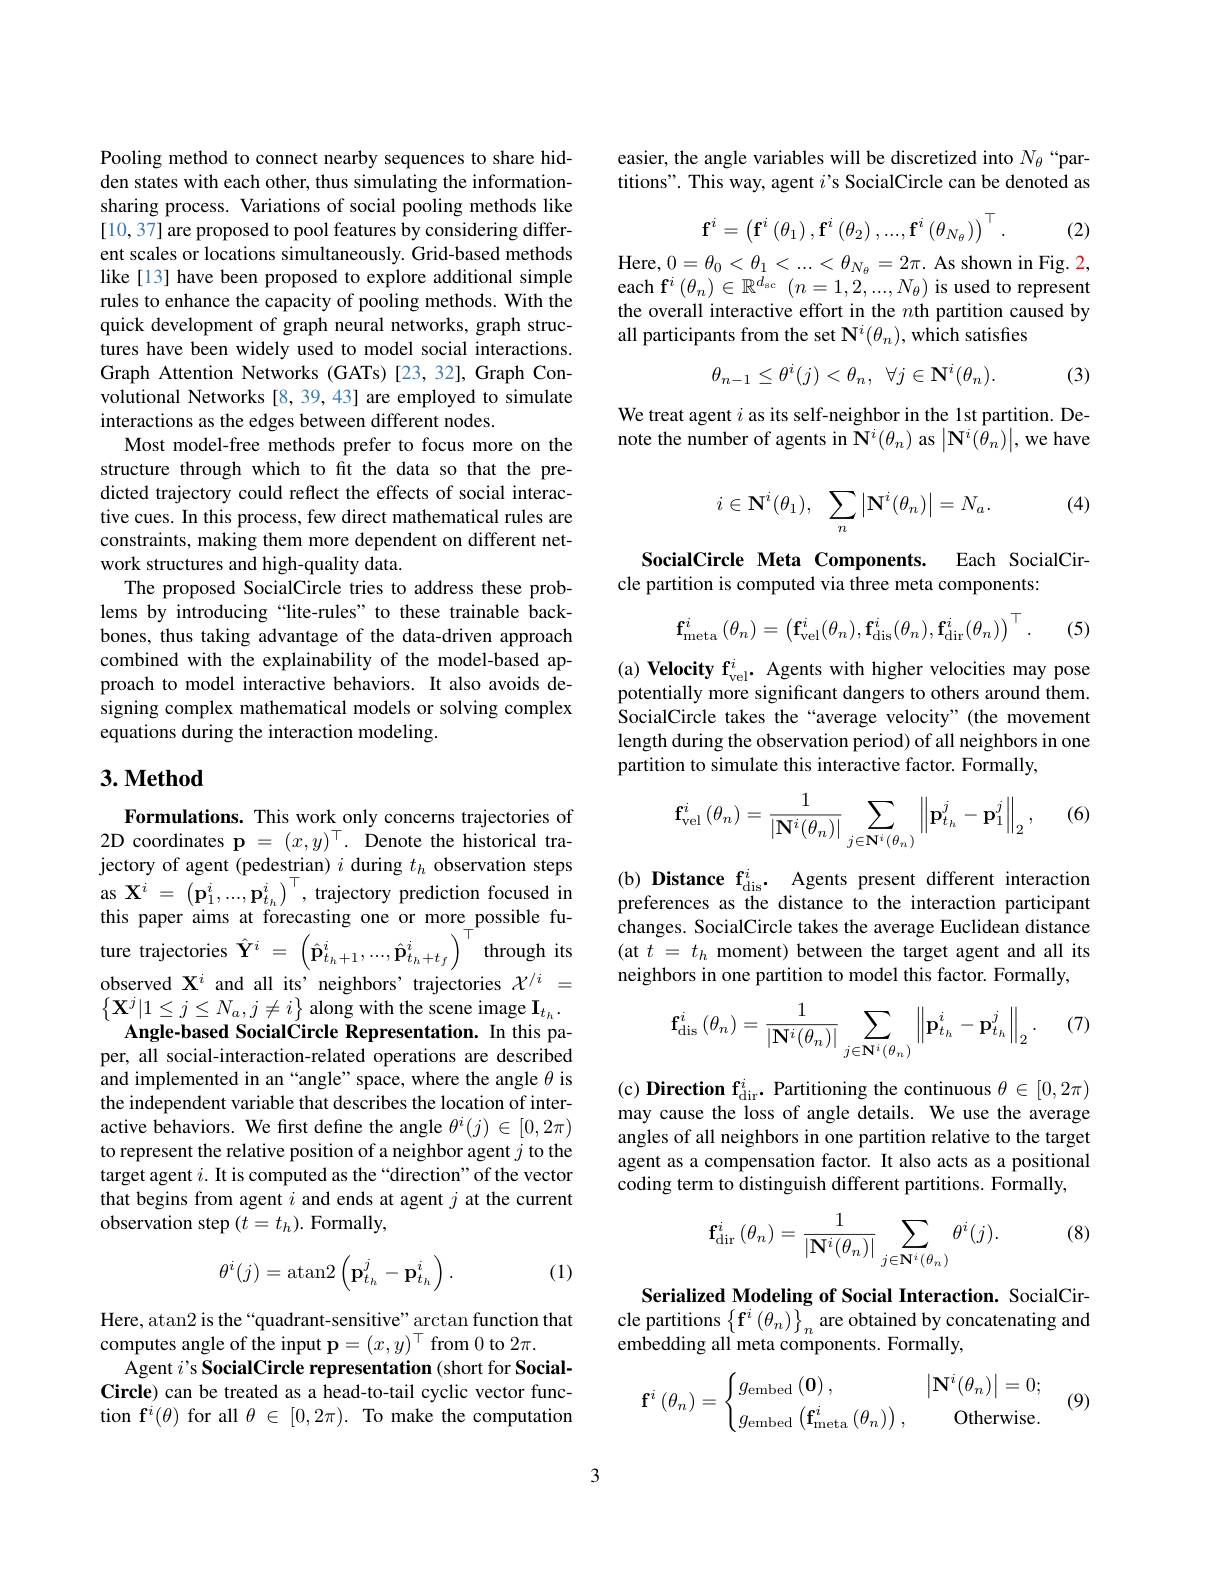
Pooling method to connect nearby sequences to share hidden states with each other, thus simulating the informationsharing process. Variations of social pooling methods like [10,37] are proposed to pool features by considering different scales or locations simultaneously. Grid-based methods like [13] have been proposed to explore additional simple rules to enhance the capacity of pooling methods. With the quick development of graph neural networks, graph structures have been widely used to model social interactions. Graph Attention Networks (GATs) [23, 32], Graph Convolutional Networks [8,39,43] are employed to simulate interactions as the edges between different nodes.
Most model-free methods prefer to focus more on the structure through which to fit the data so that the predicted trajectory could reflect the effects of social interactive cues. In this process, few direct mathematical rules are constraints, making them more dependent on different network structures and high-quality data.
The proposed SocialCircle tries to address these problems by introducing “lite-rules”to these trainable backbones, thus taking advantage of the data-driven approach combined with the explainability of the model-based approach to model interactive behaviors. It also avoids designing complex mathematical models or solving complex equations during the interaction modeling.

## 3. Method

Formulations. This work only concerns trajectories of 2D coordinates p $=(x,y)^\top.$ Denote the historical trajectory of agent (pedestrian) $i$ during $t_h$ observation steps as $\mathbf{X}^{i}=\left(\mathbf{p}_{1}^{i},\ldots,\mathbf{p}_{t_{h}}^{i}\right)^{\top}$, trajectory prediction focused in this paper aims at forecasting one or more possible future trajectories $\hat{\mathbf{Y} } ^i$ = $\left ( \hat{\mathbf{p} } _{t_h+ 1}^{i}, \ldots , \hat{\mathbf{p} } _{t_h+ t_f}^{i}\right ) ^{\top }$through its observed $\mathbf{X}^i$ and all its' neighbors' trajectories $\mathcal{X}^/i=$ $\left\{\mathbf{X}^{j}|1\leq j\leq N_{a},j\neq i\right\}$along with the scene image $\mathbf{I}_t_h.$ Angle-based SocialCircle Representation. In this pa-
per, all social-interaction-related operations are described and implemented in an “angle”space, where the angle $\theta$ is the independent variable that describes the location of interactive behaviors. We first define the angle $\theta^i(j)\in[0,2\pi)$ to represent the relative position of a neighbor agent $j$ to the target agent $i.$ It is computed as the“direction" of the vector that begins from agent $i$ and ends at agent $j$ at the current observation step $(t=t_h).$ Formally,
$$\theta^i(j)=\operatorname{atan2}\left(\mathbf{p}_{t_h}^j-\mathbf{p}_{t_h}^i\right).$$
(1)

Here, atan2 is the“quadrant-sensitive”arctan function that
computes angle of the input $\mathbf{p}=(x,y)^\top$ from 0 to 2$\pi.$
$\hat{\text{Agent }i}$'s SocialCircle representation(short for SocialCircle) can be treated as a head-to-tail cyclic vector function f$^i(\theta)$ for all $\theta\in[0,2\pi).$ To make the computation

easier, the angle variables will be discretized into $N_{\theta}$ “partitions". This way, agent $i$'s SocialCircle can be denoted as
$$\mathbf{f}^i=\begin{pmatrix}\mathbf{f}^i\left(\theta_1\right),\mathbf{f}^i\left(\theta_2\right),...,\mathbf{f}^i\left(\theta_{N_\theta}\right)\end{pmatrix}^\top.$$
(2)

Here, $0=\theta_0<\theta_1<...<\theta_{N_\theta}=2\pi.$ As shown in Fig. 2, each f$^i\left(\theta_{n}\right)\in\mathbb{R}^{d_{sc}}\left(n=1,2,...,N_{\theta}\right)$is used to represent the overall interactive effort in the $n$th partition caused by all participants from the set $\mathbf{N}^i(\theta_n)$, which satisfies
$$\theta_{n-1}\leq\theta^{i}(j)<\theta_{n},\:\forall j\in\mathbf{N}^{i}(\theta_{n}).$$
(3)

We treat agent $i$ as its self-neighbor in the 1st partition. Denote the number of agents in $\tilde{\mathbf{N}}^i(\theta_n)$ as $\left|\mathbf{N}^i(\hat{\theta}_n)\right|$,we have

(4)
$$i\in\mathbf{N}^i(\theta_1),\:\sum_n\left|\mathbf{N}^i(\theta_n)\right|=N_a.$$
SocialCircle Meta Components. Each SocialCir-
cle partition is computed via three meta components:
$$\mathbf{f}_{\mathrm{meta}}^i\left(\theta_n\right)=\left(\mathbf{f}_{\mathrm{vel}}^i(\theta_n),\mathbf{f}_{\mathrm{dis}}^i(\theta_n),\mathbf{f}_{\mathrm{dir}}^i(\theta_n)\right)^\top.$$
(5)

(a) Velocity f$_\mathrm{vel}^i.$ Agents with higher velocities may pose potentially more significant dangers to others around them. SocialCircle takes the“average velocity”(the movement length during the observation period) of all neighbors in one partition to simulate this interactive factor. Formally,

(6)
$$\mathbf{f}_{\mathrm{vel}}^{i}\left(\theta_{n}\right)=\frac{1}{\left|\mathbf{N}^{i}(\theta_{n})\right|}\sum_{j\in\mathbf{N}^{i}(\theta_{n})}\left\|\mathbf{p}_{t_{h}}^{j}-\mathbf{p}_{1}^{j}\right\|_{2},$$
(b) Distance f$_\mathrm{dis}^i.$ Agents present different interaction preferences as the distance to the interaction participant changes. SocialCircle takes the average Euclidean distance (at $t$ = $t_h$ moment) between the target agent and all its neighbors in one partition to model this factor. Formally,

(7)
$$\mathbf{f}_{\mathrm{dis}}^i\left(\theta_n\right)=\frac{1}{\left|\mathbf{N}^i(\theta_n)\right|}\sum_{j\in\mathbf{N}^i(\theta_n)}\left\|\mathbf{p}_{t_h}^i-\mathbf{p}_{t_h}^j\right\|_2.$$
(c) Direction f$_\mathrm{dir}^i. \textbf{Partitioning the continuous }\theta \in [ 0, 2\pi )$ may cause the loss of angle details. We use the average angles of all neighbors in one partition relative to the target agent as a compensation factor. It also acts as a positional coding term to distinguish different partitions. Formally,

(8)
$$\mathbf{f}_{\mathrm{dir}}^i\left(\theta_n\right)=\frac{1}{\left|\mathbf{N}^i(\theta_n)\right|}\sum_{j\in\mathbf{N}^i(\theta_n)}\theta^i(j).$$
Serialized Modeling of Social Interaction. SocialCircle partitions $\left\{\mathbf{f}^{i}\left(\theta_{n}\right)\right\}_{n}$ are obtained by concatenating and embedding all meta components. Formally,
$$\mathbf{f}^i\left(\theta_n\right)=\begin{cases}g_\text{embed}\left(\mathbf{0}\right),&\left|\mathbf{N}^i(\theta_n)\right|=0;\\g_\text{embed}\left(\mathbf{f}^i_\text{meta}\left(\theta_n\right)\right),&\text{Otherwise.}\end{cases}$$
(9)

3